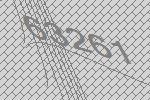
63261